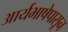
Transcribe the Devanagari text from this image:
आर्यभाषेपासून